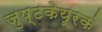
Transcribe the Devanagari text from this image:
जुष्टकेयूरकं